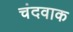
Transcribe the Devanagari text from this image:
चंदवाक